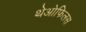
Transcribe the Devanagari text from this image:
थेओफिलस